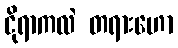
ငိုရာကလဲ တရားဟော